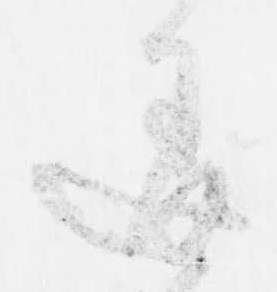
違